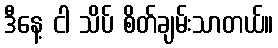
ဒီနေ့ ငါ သိပ် စိတ်ချမ်းသာတယ်။